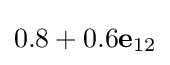
0.8+0.6\mathbf {e} _{12}